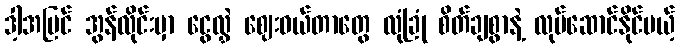
ဒါ့အပြင် အွန်လိုင်းမှာ ငွေလွှဲ ဈေးဝယ်တာတွေ လုံခြုံ စိတ်ချစွာနဲ့ လုပ်ဆောင်နိုင်မယ့်